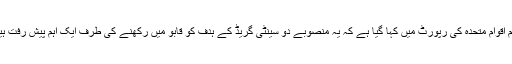
تاہم اقوام متحدہ کی رپورٹ میں کہا گیا ہے کہ یہ منصوبے دو سینٹی گریڈ کے ہدف کو قابو میں رکھنے کی طرف ایک اہم پیش رفت ہیں۔